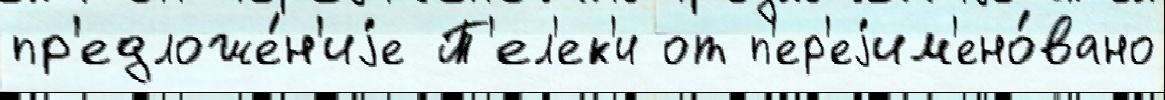
пр'едложе́н'иjе Т'ел'ек'и от п'ер'еjим'ено́вано